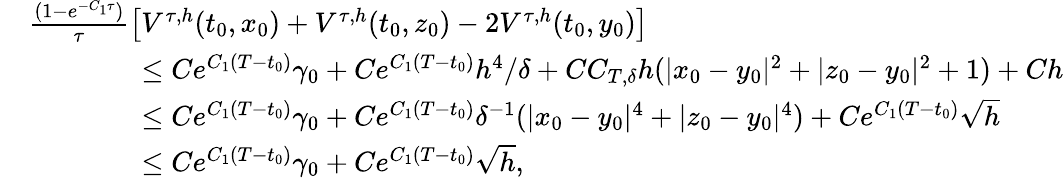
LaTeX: \begin{array}{rl}&{\frac{(1-e^{-C_{1}\tau})}\tau\left[V^{\tau,h}(t_{0},x_{0})+V^{\tau,h}(t_{0},z_{0})-2V^{\tau,h}(t_{0},y_{0})\right]}\\ &{\qquad\qquad\leq Ce^{C_{1}(T-t_{0})}\gamma_{0}+Ce^{C_{1}(T-t_{0})}h^{4}/\delta+CC_{T,\delta}h(|x_{0}-y_{0}|^{2}+|z_{0}-y_{0}|^{2}+1)+Ch}\\ &{\qquad\qquad\leq Ce^{C_{1}(T-t_{0})}\gamma_{0}+Ce^{C_{1}(T-t_{0})}\delta^{-1}(|x_{0}-y_{0}|^{4}+|z_{0}-y_{0}|^{4})+Ce^{C_{1}(T-t_{0})}\sqrt{h}}\\ &{\qquad\qquad\leq Ce^{C_{1}(T-t_{0})}\gamma_{0}+Ce^{C_{1}(T-t_{0})}\sqrt{h},}\end{array}